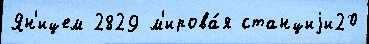
Ян'ицем 2829 м'ирова́я станциjи20